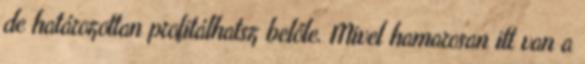
de határozottan profitálhatsz belőle. Mivel hamarosan itt van a